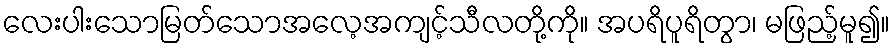
လေးပါးသောမြတ်သောအလေ့အကျင့်သီလတို့ကို။ အပရိပူရိတွာ၊ မဖြည့်မူ၍။